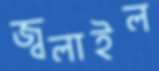
জ্বলাইল